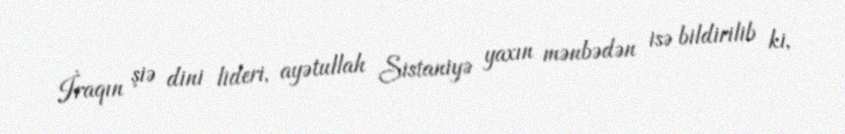
İraqın şiə dini lideri, ayətullah Sistaniyə yaxın mənbədən isə bildirilib ki,